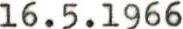
16.5.1966